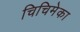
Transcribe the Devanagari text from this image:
चिचिमेका